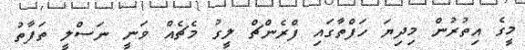
މީގެ އިތުރުން މިދިޔަ ހަފްތާގައި ފްރެންޗް ލީގު މެޗެއް ވަނީ ނަސްލީ ތަފާތު